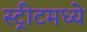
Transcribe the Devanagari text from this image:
स्ट्रीटमध्ये